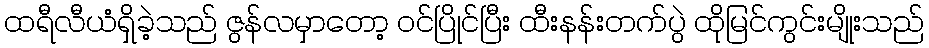
ထရီလီယံရှိခဲ့သည် ဇွန်လမှာတော့ ဝင်ပြိုင်ပြီး ထီးနန်းတက်ပွဲ ထိုမြင်ကွင်းမျိုးသည်